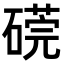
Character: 𥕜